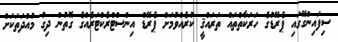
ސިފައިންގޭގައި ޕެރޭޑުގެ ހަރަކާތްތައް ތަރައްޤީ ކުރެއްވުމަށް ޕެރޭޑް އިންސްޓްރެކްޓަރެއްގެ ގޮތުން ދިގު މުއްދަތަކަށް